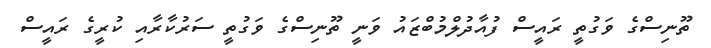
ތޫނިސްގެ ވަގުތީ ރައީސް ފުއާދުލްމުބްޒައު ވަނީ ތޫނިސްގެ ވަގުތީ ސަރުކާރާއި ކުރީގެ ރައީސް